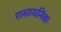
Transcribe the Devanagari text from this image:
रासायनिक